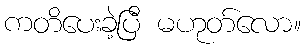
ကတိပေးခဲ့ပြီ မဟုတ်လော။